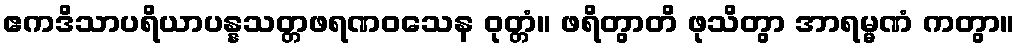
ဧကဒိသာပရိယာပန္နသတ္တဖရဏဝသေန ဝုတ္တံ။ ဖရိတွာတိ ဖုသိတွာ အာရမ္မဏံ ကတွာ။